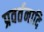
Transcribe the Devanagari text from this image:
प्रवर्तनादि